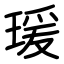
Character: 瑗